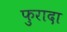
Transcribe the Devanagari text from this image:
फुरादा